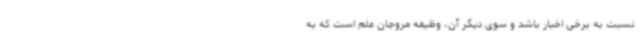
نسبت به برخی اخبار باشد و سوی دیگر آن، وظیفه مروجان علم است که به